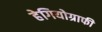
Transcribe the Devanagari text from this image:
हेगियोग्राफी